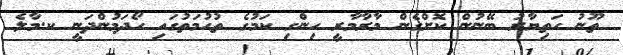
ތޫނު ހަތިޔާރު ބޭނުން ކޮށްގެން މާރާމާރީ ހިންގި ކަމުގެ ތުޙުމަތުގައި ހޯދަމުންދަނީ ކ.މާލެ